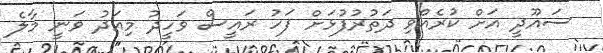
ސައޫދީ އަށް ކުރެއްވި ދަތުރުފުޅަށް ފަހު ރައީސް ވަހީދު މިއަދު ވަނީ މާލެ